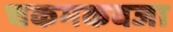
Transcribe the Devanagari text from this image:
चकमकवजा